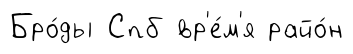
Бро́ды Спб вр'е́м'я райо́н